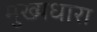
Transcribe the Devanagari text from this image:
मुख्‍यधारा